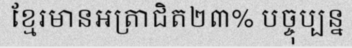
ខ្មែរមានអត្រាជិត២៣% បច្ចុប្បន្ន